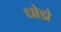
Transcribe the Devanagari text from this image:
धोडो